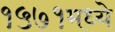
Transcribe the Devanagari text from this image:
१५७१मध्ये